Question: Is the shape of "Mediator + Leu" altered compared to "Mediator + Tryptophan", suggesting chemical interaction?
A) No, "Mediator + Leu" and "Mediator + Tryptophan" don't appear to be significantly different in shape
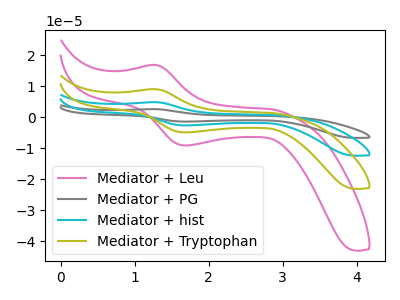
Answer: <think>The pink curve "Mediator + Leu" has an anodic peak at (1.30V, 16.85uA) and a cathodic peak at (1.70V, -9.10uA). The gray curve "Mediator + PG" has an anodic peak at (1.30V, 27.15uA) and a cathodic peak at (1.70V, -14.70uA). The cyan curve "Mediator + hist" has an anodic peak at (1.30V, 18.10uA) and a cathodic peak at (1.70V, -9.80uA). The olive curve "Mediator + Tryptophan" has an anodic peak at (1.30V, 9.05uA) and a cathodic peak at (1.70V, -4.90uA).
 All the peaks in "Mediator + Leu" have a peak in "Mediator + Tryptophan" at the same potential. Every peak in "Mediator + Leu" is higher than every peak in "Mediator + Tryptophan".</think>
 <answer>A) No, "Mediator + Leu" and "Mediator + Tryptophan" don't appear to be significantly different in shape</answer>
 <eval>A</eval>